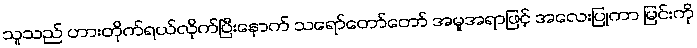
သူသည် ဟားတိုက်ရယ်လိုက်ပြီးနောက် သရော်တော်တော် အမူအရာဖြင့် အလေးပြုကာ မြင်းကို